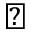
\triangleleft